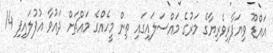
އައްޑޫ ވިޔަފާރިވެރިޔާގެ މަރުގެ މައްސަލައިގައި ތިން މީހެއްގެ މައްޗަށް ދައުވާ އުފުލައިފި 14